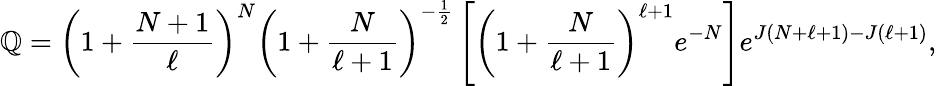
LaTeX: \mathbb{Q}=\left(1+\frac{{N+1}}{{\ell}}\right)^{N}\left(1+\frac{{N}}{{\ell+1}}\right)^{-\frac{{1}}{{2}}}\left[\left(1+\frac{{N}}{{\ell+1}}\right)^{\ell+1}e^{-N}\right]e^{J(N+\ell+1)-J(\ell+1)},